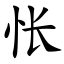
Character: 怅